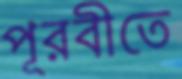
পূরবীতে